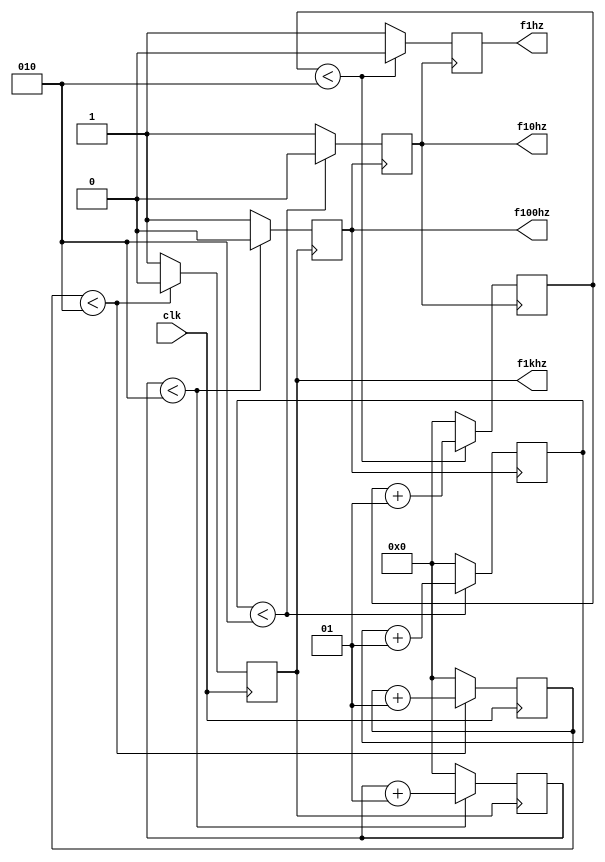
module fdiv(clk,f1hz,f10hz,f100hz,f1khz);

output f1hz,f10hz,f100hz,f1khz;
input  clk;

reg f1hz,f10hz,f100hz,f1khz;
integer cnt1=0,cnt2=0,cnt3=0,cnt4=0;

always @(posedge clk)
begin
	//if(cnt1<9999)   //
	if(cnt1 < 2)  //
	begin
	  f1khz <= 1'b0;
	  cnt1 = cnt1 + 1;
	end
	else
	begin
	  f1khz <= 1'b1;
	  cnt1 = 0;
	end
end

always @(posedge f1khz)
begin
	//if(cnt2<9)     //
	if(cnt2 < 2)  //
	begin
	  f100hz <= 1'b0;
	  cnt2 = cnt2 + 1;
	end
	else
	begin
	  f100hz <= 1'b1;
	  cnt2 = 0;
	end
end

always @(posedge f100hz)
begin
	//if(cnt3<9)     //
	if(cnt3 < 2)  //
	begin
	  f10hz <= 1'b0;
	  cnt3 = cnt3 + 1;
	end
	else
	begin
	  f10hz <= 1'b1;
	  cnt3 = 0;
	end
end

always @(posedge f10hz)
begin
	//if(cnt4<9)      //
	if(cnt4 < 2)  //
	begin
	  f1hz <= 1'b0;
	  cnt4 = cnt4 + 1;
	end
	else
	begin
	  f1hz <= 1'b1;
	  cnt4 = 0;
	end
end

endmodule